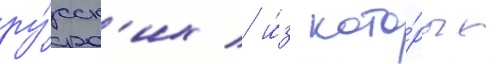
ру́сск'их / и́з кото́рых